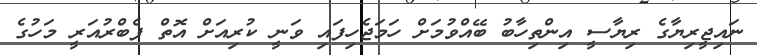
ނައިޖީރިޔާގެ ރިޔާސީ އިންތިހާބު ބޭއްވުމަށް ހަމަޖެހިފައި ވަނީ ކުރިއަށް އޮތް ފެބްރުއަރީ މަހުގެ